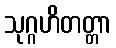
သုဂ္ဂဟိတတ္တာ